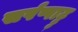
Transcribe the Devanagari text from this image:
सर्पप्पाट्टु